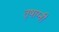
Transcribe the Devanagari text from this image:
तृषाग्नी